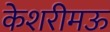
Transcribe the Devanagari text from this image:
केशरीमऊ